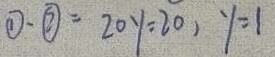
\textcircled { 1 } - \textcircled { 2 } = 2 0 y = 2 0 , y = 1